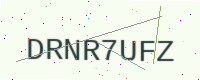
Text: DRNR7UFZ